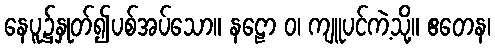
နေပူ၌နှုတ်၍ပစ်အပ်သော။ နဠော ဝ၊ ကျူပင်ကဲ့သို့။ ဧတေန၊